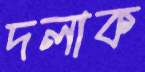
দলাক